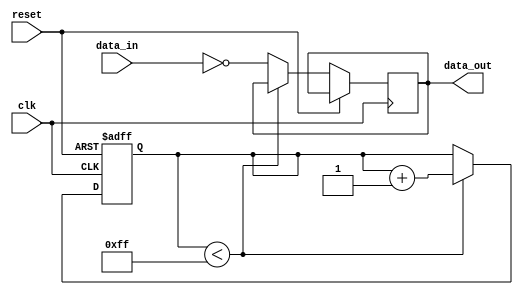
module inverter_delay (
    input wire clk,     // Clock input signal
    input wire reset,   // Reset signal
    input wire data_in, // Input data signal to be inverted
    output reg data_out // Output inverted data signal
);
    reg [7:0] delay_counter; // 8-bit counter for delay control
    
    // Timing control block
    always @(posedge clk or posedge reset) begin
        if (reset) begin
            delay_counter <= 8'b0; // Initialize delay counter
        end else begin
            if (delay_counter < 8'd255) begin
                delay_counter <= delay_counter + 1; // Increment delay counter
            end else begin
                // Synchronize and invert input data signal
                data_out <= ~data_in;
            end
        end
    end
endmodule